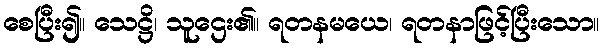
စေပြီး၍။ သေဋ္ဌိ၊ သူဌေး၏။ ရတနမယေ၊ ရတနာဖြင့်ပြီးသော။